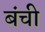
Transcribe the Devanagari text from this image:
बंची